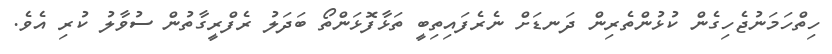
ހިތްހަމަނުޖެހިގެން ކުޅުންތެރިން ދަނޑަށް ނެރެފައިތިބީ ތަޅާފޮޅަންތޯ ބަދަލު ރެފްރީގާތުން ސުވާލު ކުރި އެވެ.